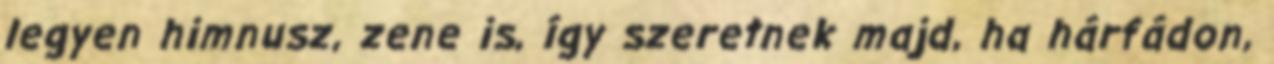
legyen himnusz, zene is, így szeretnek majd, ha hárfádon,